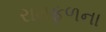
રામફળના